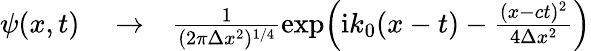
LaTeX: \begin{array}{rlr}{\psi(x,t)}&{{}\to}&{\frac{1}{(2\pi\Delta x^{2})^{1/4}}\exp\! \left(\mathrm{i}k_{0}(x-t)-\frac{(x-ct)^{2}}{4\Delta x^{2}}\right)}\end{array}